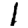
Digit: 1